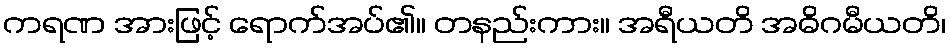
ကရဏ အားဖြင့် ရောက်အပ်၏။ တနည်းကား။ အရီယတိ အဓိဂမီယတိ၊